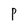
Character: p